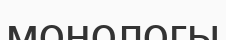
монологы